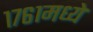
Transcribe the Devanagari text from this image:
१७६१मध्ये